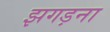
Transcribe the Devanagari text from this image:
झगड़ना